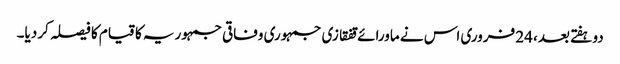
دو ہفتے بعد، 24 فروری اس نے ماورائے قفقازی جمہوری وفاقی جمہوریہ کا قیام کا فیصلہ کر دیا۔